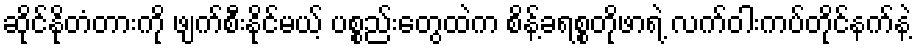
ဆိုင်နိုတံတားကို ဖျက်စီးနိုင်မယ့် ပစ္စည်းတွေထဲက စိန့်ခရစ္စတိုဖာရဲ့ လက်ဝါးကပ်တိုင်နက်နဲ့